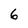
Character: 6